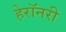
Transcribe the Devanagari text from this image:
हेरॉनरी